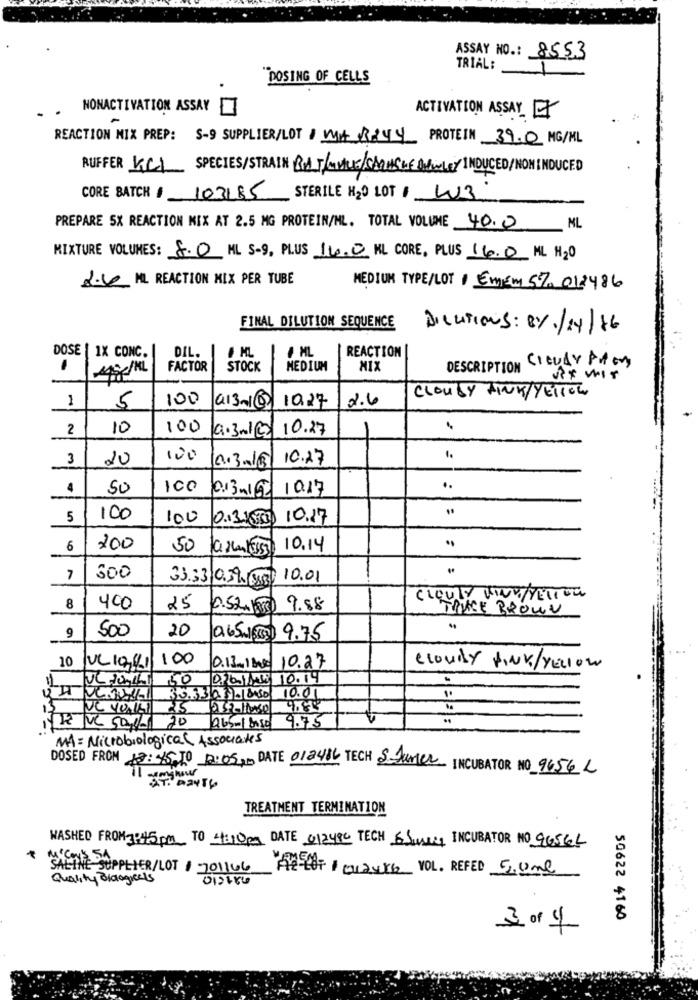
ASSAY NO .: 8553
TRIAL:
1
"DOSING OF CELLS
NONACTIVATION ASSAY
..
ACTIVATION ASSAY
REACTION MIX PREP: 5-9 SUPPLIER/LOT 1 MAR244 PROTEIN 39.0 MG/ML
RUFFER KCI SPECIES/STRAIN BAT/WHILE/SACHSUE DAWNLEY INDUCED/NON INDUCED
CORE BATCH / 103185
STERILE H2O LOT / W3
PREPARE 5X REACTION MIX AT 2.5 MG PROTEIN/NL. TOTAL VOLUME 40.0
ML
MIXTURE VOLUMES: 8.0 ML S-9, PLUS 16.0 KL CORE, PLUS 16.0 NL H2O
2.6 ML REACTION MIX PER TUBE
MEDIUM TYPE/LOT EMEM 5% 018486
FINAL DILUTION SEQUENCE
DILUTIONS: 8%/24/16
4 ML
DOSE | 1X CONC.
DIL.
ML
REACTION
DESCRIPTION CIEDAY Arton
.
FACTOR
STOCK
MEDIUM
MIX
RT wir
1
100
Q13-15
1027
2.6
CLOUDY LINK/YELLOW
5
2
10
100
a.3m1@
10.27
3
20
100
10.3.16
10.27
4
50
100
013ml@
1017
..
5
100
100
0.3100
10.17
6
200
50
10.14
7
300
33.33 0.391 543
10.01
Clouly WINY/YELLOW
8
400
25
0.52.1.0 9.88
TRACE BROWN
9
500
20
0.65 1000 9.75
100
10 JUL 1011
0.13. 18.00 10.27
cloudy PINK/Yellow
11
UL 10014 50
3
0H VL.201- 30.3323-850
10.01
NC VONILI 25
9.83
9.75
,12 VC 501/ 20
MA = Microbiological Associates
DOSED FROM
13:45,00 12:05, DATE 012486 TECH & Junier INCUBATOR NO 9656 L
shour
TREATMENT TERMINATION
WASHED FROM:45 pm TO 4:10pm DATE 612480 TECH 5 Junces INCUBATOR NO 96561
MIS
SUPPLIER/LOT / 201166
A18/012416 VOL. REFED 50ml
Quality Biologicals
012180
로이와
50622 4160